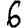
Digit: 6